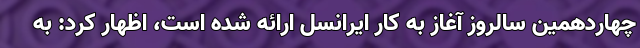
چهاردهمین سالروز آغاز به کار ایرانسل ارائه شده است، اظهار کرد: به